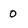
Character: 0